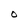
Character: O